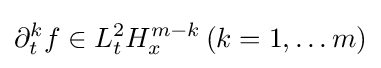
\partial _{t}^{k}f\in L_{t}^{2}H_{x}^{m-k}\,(k=1,\dots m)